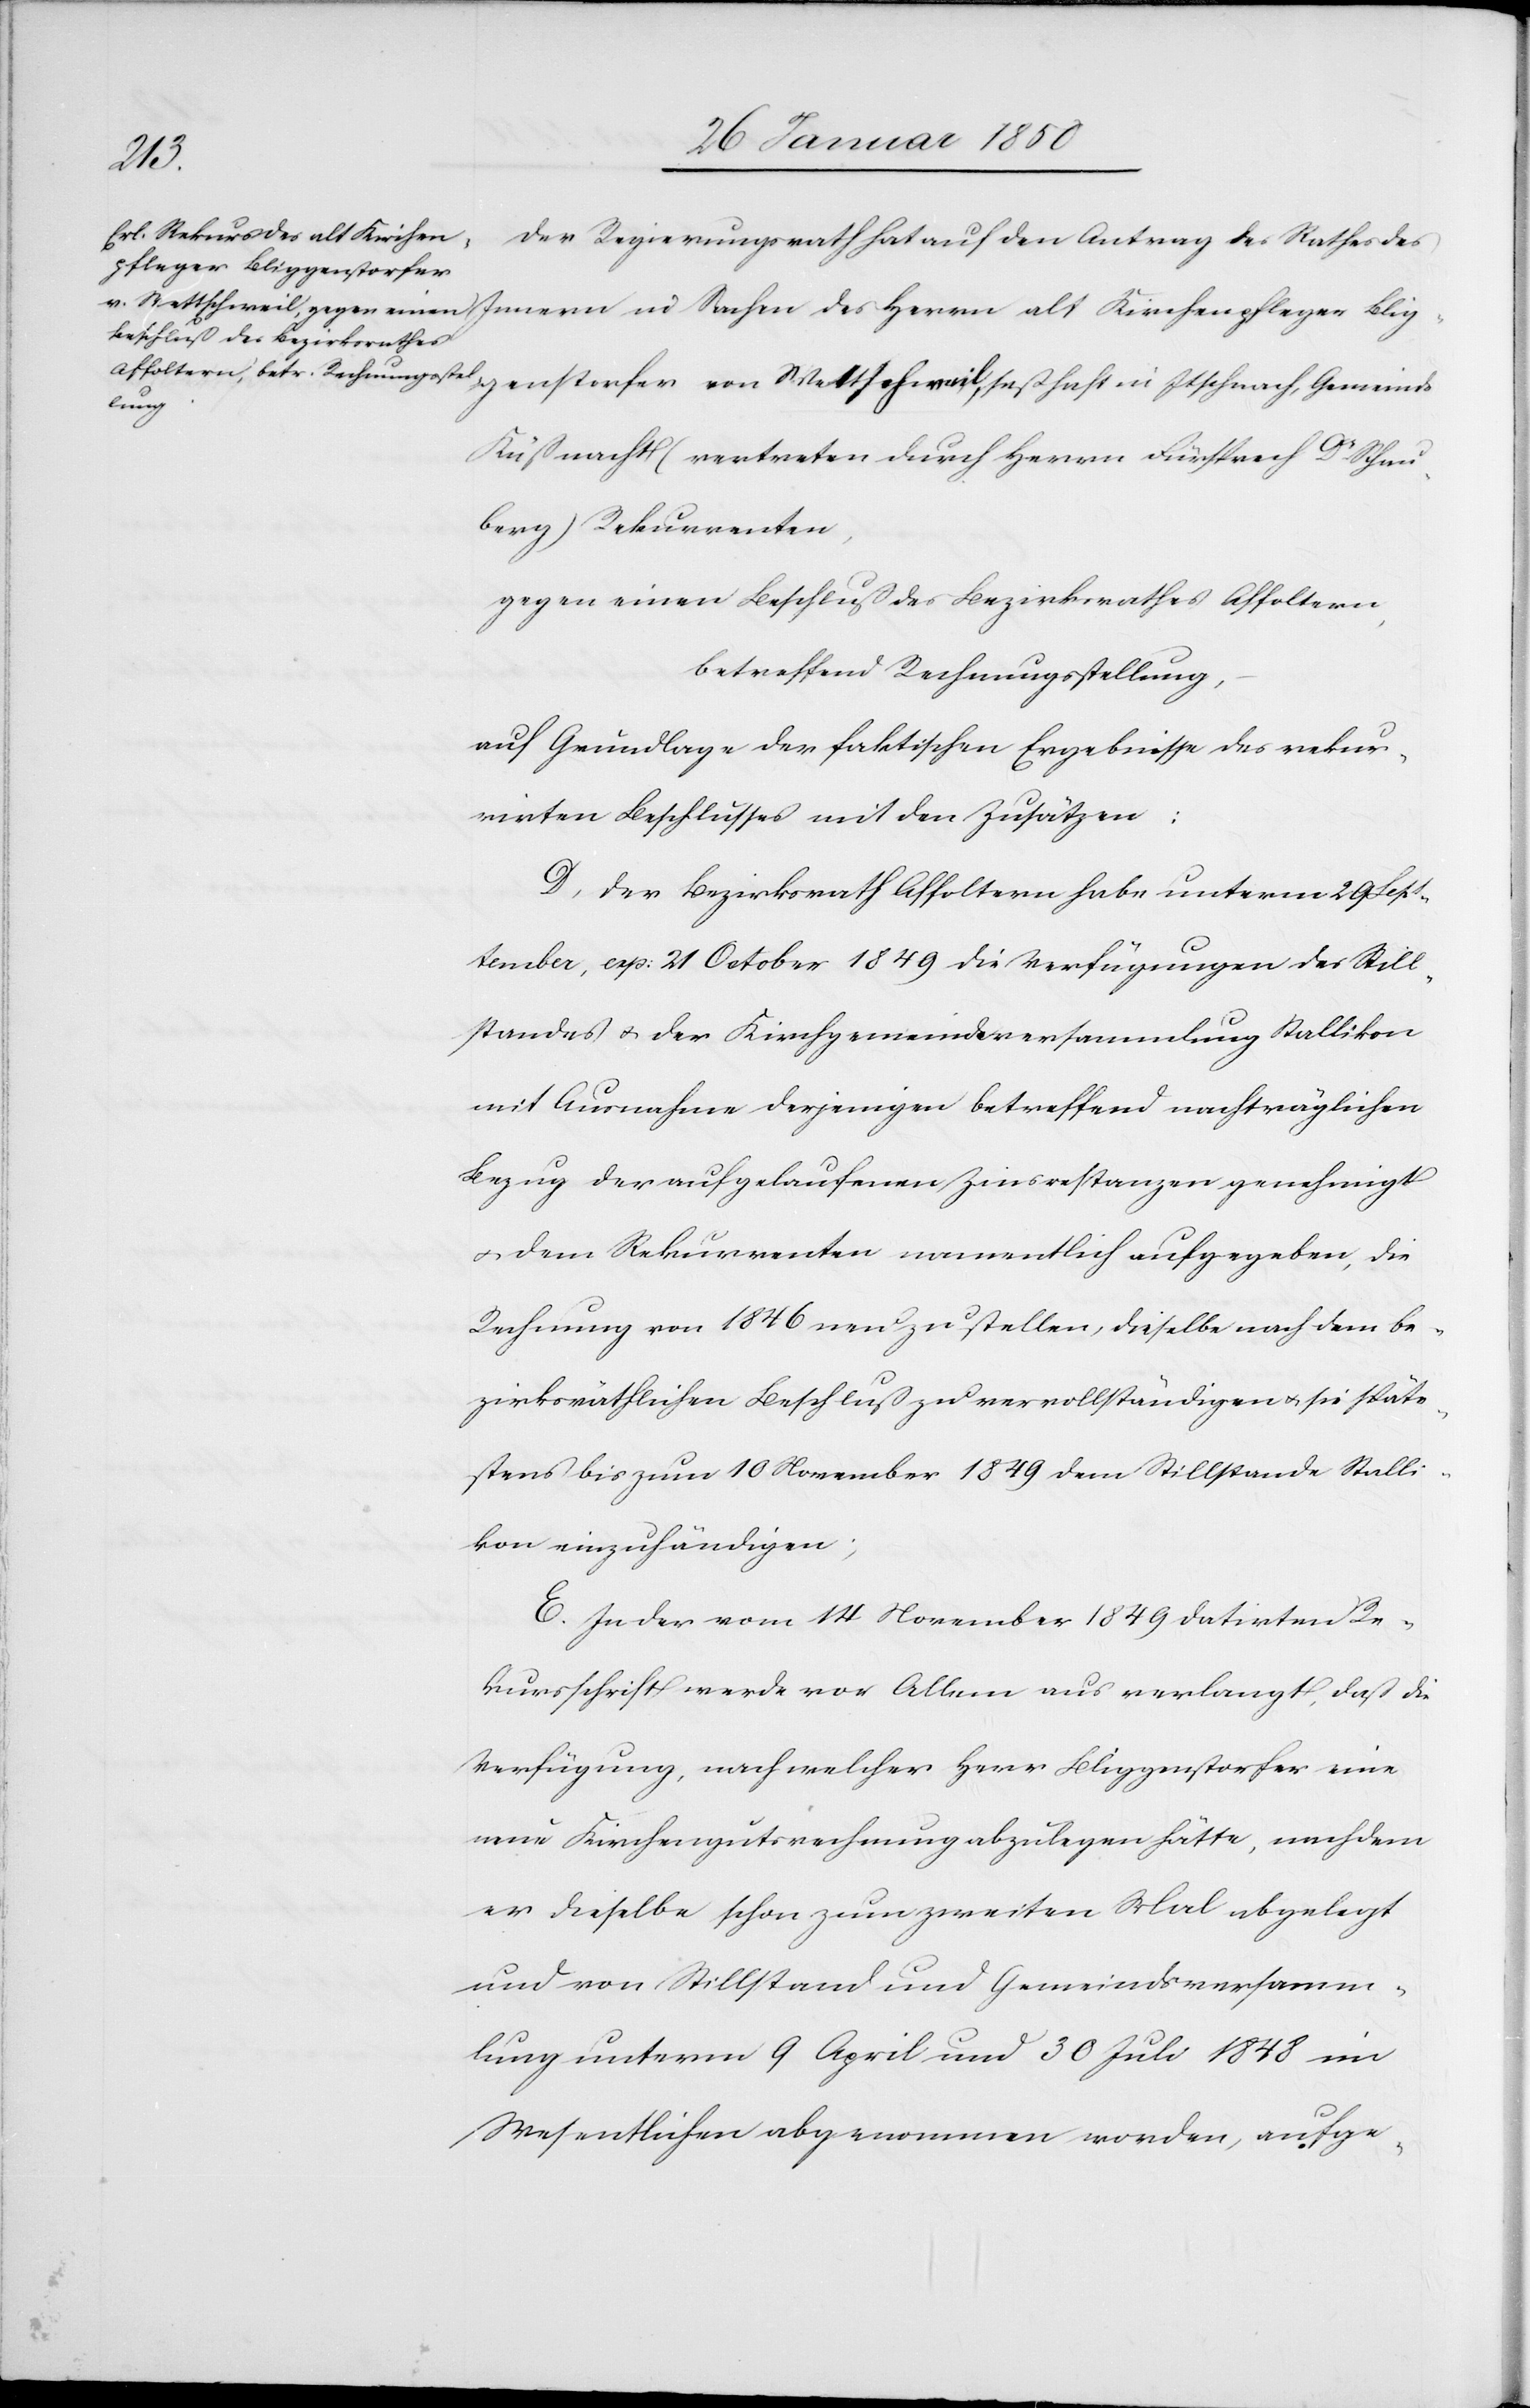
Der Regierungsrath hat auf den Antrag des Rathes des
pfleger Bliggenstorfer
Kirchen¬
Küßnacht (vertreten durch Herrn Fürsprech Dr Schau¬
berg) Rekurrenten,
gegen einen Beschluß des Bezirksrathes Affoltern,
betreffend Rechnungsstellung,
auf Grundlage der faktischen Ergebnisse des rekur¬
rirten Beschlusses mit den Zusätzen:
D. Der Bezirksrath Affoltern habe unterm 29 Sept¬
ember, resp: 21 Ocotber 1849 die Verfügungen des Still¬
standes u. der Kirchgemeindeversammlung Stallikon
mit Ausnahme derjenigen betreffend nachträglichen
Bezug der aufgelaufenen Zinsrestanzen genehmigt
u. dem Rekurrenten namentlich aufgegeben, die
Rechnung von 1846 neu zu stellen, dieselbe nach dem be¬
zirksräthlichen Beschluß zu vervollständigen u. sie späte¬
stens bis zum 10 November 1849 dem Stillstande Stalli¬
kon einzuhändigen;
E. In der vom 14 November 1849 datirten Re¬
kursschrift werde vor Allem aus verlangt, daß die
Verfügung, nach welcher Herr Bliggenstorfer eine
neue Kirchengutsrechnung abzulegen hätte, nachdem
er dieselbe schon zum zweiten Mal abgelegt
und von Stillstand und Gemeindsversamm¬
lung unterm 9 April und 30 Juli 1848 im
Wesentlichen abgenommen worden, aufge-